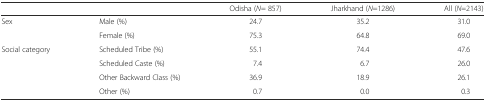
<table><thead><tr><td colspan="2"></td><td><b>Odisha (<i>N</i>= 857)</b></td><td><b>Jharkhand (<i>N</i>=1286)</b></td><td><b>All (<i>N</i>=2143)</b></td></tr></thead><tbody><tr><td rowspan="2">Sex</td><td>Male (%)</td><td>24.7</td><td>35.2</td><td>31.0</td></tr><tr><td>Female (%)</td><td>75.3</td><td>64.8</td><td>69.0</td></tr><tr><td rowspan="4">Social category</td><td>Scheduled Tribe (%)</td><td>55.1</td><td>74.4</td><td>47.6</td></tr><tr><td>Scheduled Caste (%)</td><td>7.4</td><td>6.7</td><td>26.0</td></tr><tr><td>Other Backward Class (%)</td><td>36.9</td><td>18.9</td><td>26.1</td></tr><tr><td>Other (%)</td><td>0.7</td><td>0.0</td><td>0.3</td></tr></tbody></table>